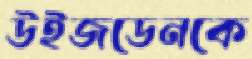
উইজডেনকে